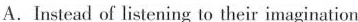
A.Instead of listening to their imagination